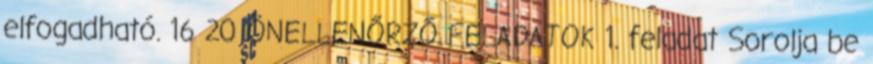
elfogadható. 16 20 ÖNELLENŐRZŐ FELADATOK 1. feladat Sorolja be